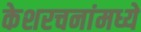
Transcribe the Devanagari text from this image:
केशरचनांमध्ये